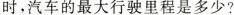
时，汽车的最大行驶里程是多少?